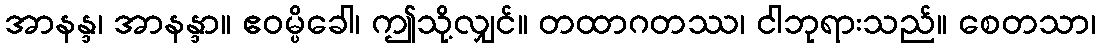
အာနန္ဒ၊ အာနန္ဒာ။ ဧဝမ္ပိခေါ၊ ဤသို့လျှင်။ တထာဂတဿ၊ ငါဘုရားသည်။ စေတသာ၊